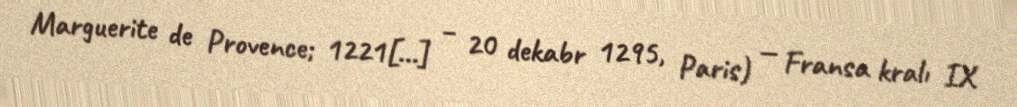
Marguerite de Provence; 1221[…] – 20 dekabr 1295, Paris) — Fransa kralı IX